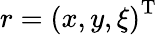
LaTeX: \begin{array}{r}{r=\left(x,y,\xi\right)^{\mathrm{T}}}\end{array}